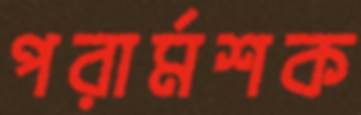
পরার্মশক